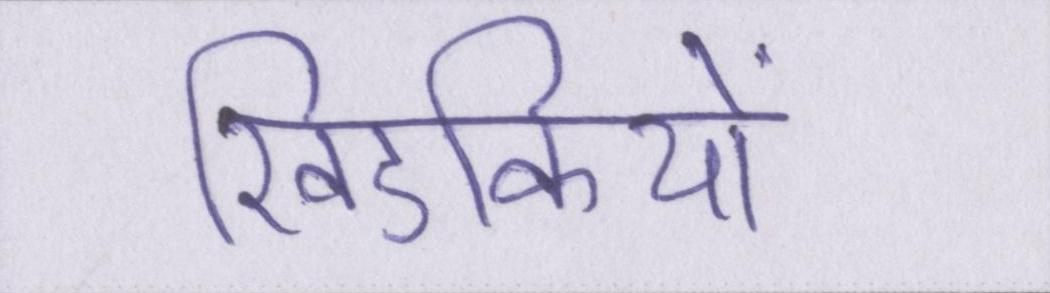
खिडकियों